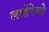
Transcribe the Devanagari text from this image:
लार्डेरेलो